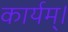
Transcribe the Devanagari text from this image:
कार्यम्।